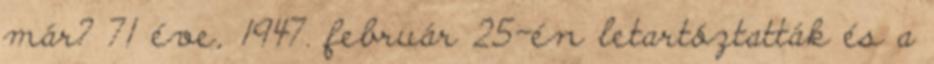
már? 71 éve, 1947. február 25-én letartóztatták és a